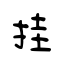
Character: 挂